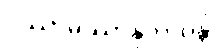
ပဿာမိဿာနုဘာဝန္တိ